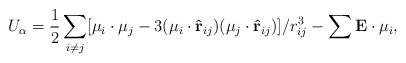
LaTeX: \begin{align*}U_\alpha=\frac{1}{2}\sum_{i\ne j}[\mu_i\cdot\mu_j-3(\mu_i\cdot\mathbf{\hat r}_{ij})(\mu_j\cdot\mathbf{\hat r}_{ij})]/r^3_{ij}-\sum\mathbf E\cdot\mu_i,\end{align*}